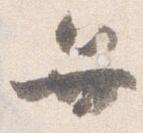
弁